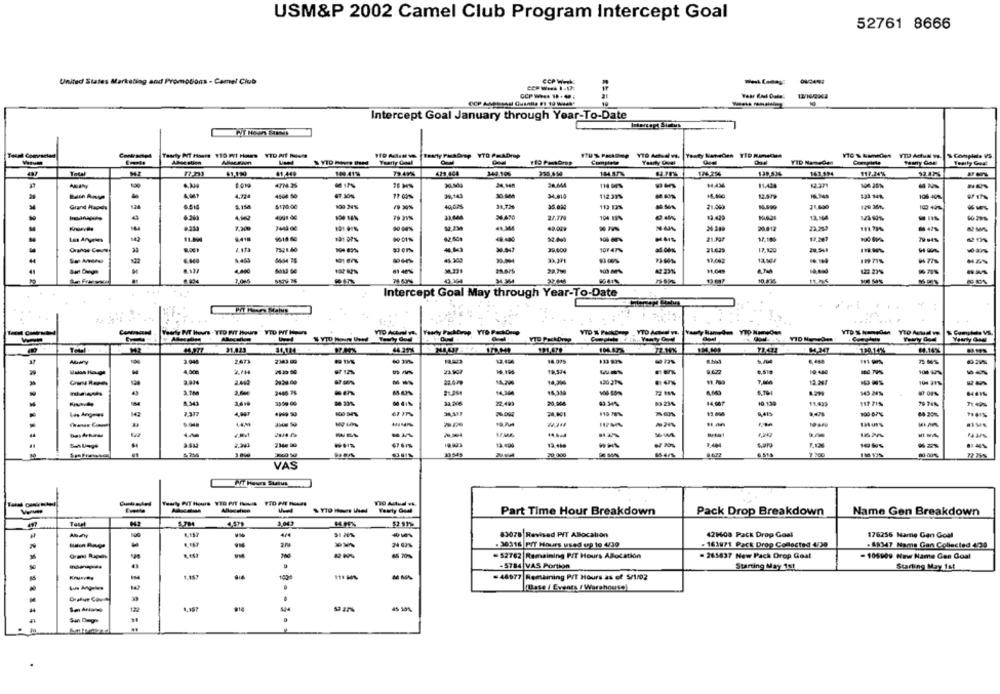
USM&P 2002 Camel Club Program Intercept Goal
52761 8666
United States Marketing and Promotions - Camel Club
COP Week
CCP- 1-4.
=== 2
Intercept Goal January through Year-To-Date
'S Complete VS
Yearly Coal
YID Namedes
Total
77.293
61,449
140 4194
79.49%
429.404
349 106
176.254
139.534
163.594
117.24%
11 00%
84,434
11.424
2371
-
4.724
4544 50
67.30%
34.810
112. 33%
1.345
106-40%
5170:00
100 24%
--
40,005
31,72%
21.089
-
129 36%
24.770
104 19%
89.429
-
20412
22.253
191.33%
9618 60
21.297
17.100
Orange Convey
7521.60
39.000
10147%
21.429
12.120
20.541
--
23.371
11971%
--
28.700
$1.049
--
10 87
Intercept Goal May through Year-To-Date
.....
Yesy PT Hours - TED FT Hours"
84,077 31.423
14.14%
2.67
2343.00
4.000
19,524
160.79%
---
43
2446 75
22.493
20.904
89.34%
83.23%
79 746
24.001
13.096
900 6715
-
-
-
13 40
10 5%
20.000
65-47%
VAS
130 Actual et
Wearly Qual
Part Time Hour Breakdown
Pack Drop Breakdown
Name Gen Breakdown
2.047
4,579
91 20%
83078 Revised PIT Allocation
421608 Pack Drop Goal
176255 Name Gen Goal
24 63%
. 30316 PIT Hours used erp 10 4/30
. 161971 Pack Drop Comocted 4/30
. 69347 Mame Gan Collected 4/39
-
- 52762 |Remaining PIT Hours Allocation
- 265437 New Pack Drop Goat
-104909 New Name Gen Goal
-5784 VAS Portion
Starting May 1st
Starting May 1st
1.15
100
- 48977 Remaining PIT Hours as of 5/1/02
(Base / Events / Warehouse]
44
122
@14
. . .
45 301.